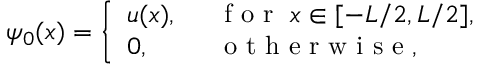
\psi _ { 0 } ( x ) = \left\{ \begin{array} { l l } { u ( x ) , \; \; } & { \textrm { f o r } \; x \in [ - L / 2 , L / 2 ] , } \\ { 0 , \; \; } & { \textrm { o t h e r w i s e } , } \end{array} \right.